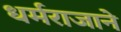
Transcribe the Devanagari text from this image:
धर्मराजाने